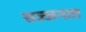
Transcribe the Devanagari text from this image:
सज्‍जनता